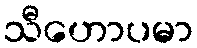
သီဟောပမာ